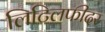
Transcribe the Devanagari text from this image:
लिटिलफीदर